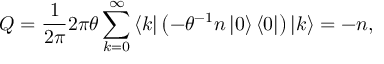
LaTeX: Q = \frac { 1 } { 2 \pi } 2 \pi \theta \sum _ { k = 0 } ^ { \infty } \left\langle k \right| \left( - \theta ^ { - 1 } n \left| 0 \right\rangle \left\langle 0 \right| \right) \left| k \right\rangle = - n ,